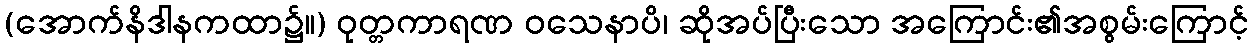
(အောက်နိဒါနကထာ၌။) ဝုတ္တကာရဏ ဝသေနာပိ၊ ဆိုအပ်ပြီးသော အကြောင်း၏အစွမ်းကြောင့်